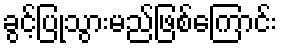
ခွင့်ပြုသွားမည်ဖြစ်ကြောင်း